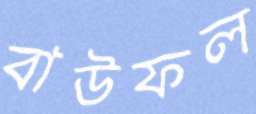
বাউফল